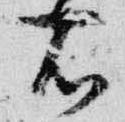
右